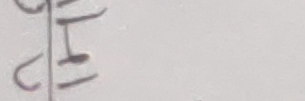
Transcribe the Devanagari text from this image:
खु।